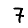
Digit: 7